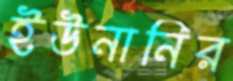
ইউনানির